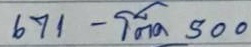
671 - โต๊ด 500